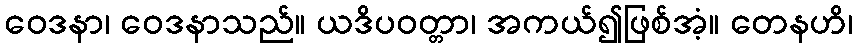
ဝေဒနာ၊ ဝေဒနာသည်။ ယဒိပဝတ္တာ၊ အကယ်၍ဖြစ်အံ့။ တေနဟိ၊